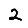
Digit: 2